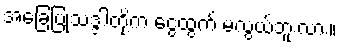
အခြေပြုသဒ္ဒါတို့က ငွေထွက် မလွယ်ဘူးလား။